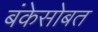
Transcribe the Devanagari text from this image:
बंकेसोबत